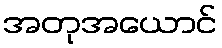
အတုအယောင်